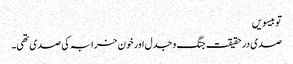
تو بیسویں
صدی در حقیقت جنگ و جدل اور خون خرابہ کی صدی تھی۔